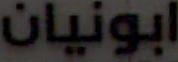
ابونيان